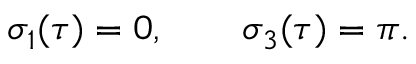
\sigma _ { 1 } ( \tau ) = 0 , \qquad \sigma _ { 3 } ( \tau ) = \pi .